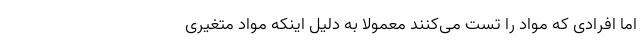
اما افرادی که مواد را تست می‌کنند معمولا به دلیل اینکه مواد متغیری